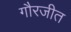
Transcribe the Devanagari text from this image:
गौरजीत